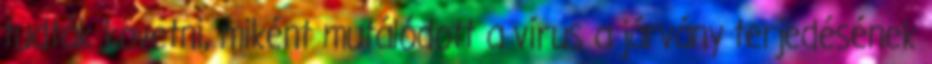
tudták követni, miként mutálódott a vírus a járvány terjedésének